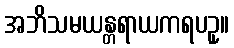
အဘိသမယန္တရာယကရပဥှ။